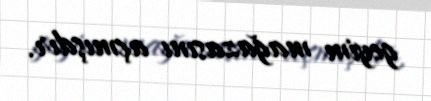
geyim mağazasını açmışdır.